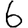
Digit: 6